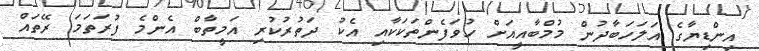
އިންޑިޔާގެ އަލަހަބާދުން މުމްބާއީއަށް ހުވަފެންތަކަކާއި އެކު ދަތުރުކުރި އަމީތާބް އެންމެ ފުރަތަމަ ރޭތައް